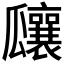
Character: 𤬞